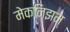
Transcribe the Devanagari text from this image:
मेकनिझम्